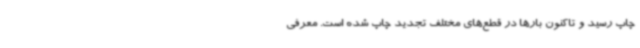
چاپ رسید و تاکنون بارها در قطع‌های مختلف تجدید چاپ شده است. معرفی